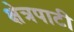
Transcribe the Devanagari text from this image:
क्षेत्रपाटी